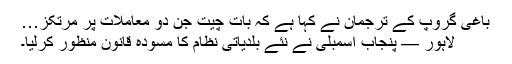
باغی گروپ کے ترجمان نے کہا ہے کہ بات چیت جن دو معاملات پر مرتکز…
لاہور — پنجاب اسمبلی نے نئے بلدیاتی نظام کا مسودہ قانون منظور کرلیا۔